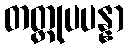
တတ္ထုပပန္နာ